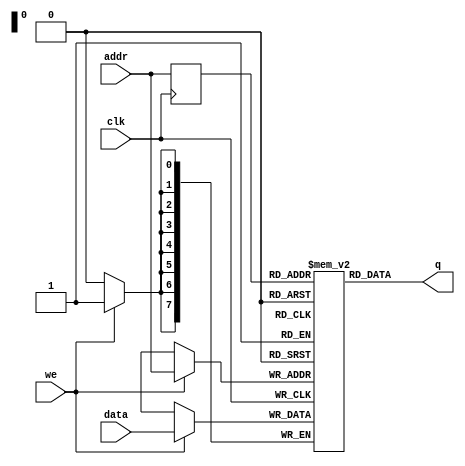
module ram_single #(
  parameter DATA_WIDTH=8,          //width of data bus
  parameter ADDR_WIDTH=8           //width of addresses buses
)(
  input  [(DATA_WIDTH-1):0] data,  //data to be written
  input  [(ADDR_WIDTH-1):0] addr,  //address for write/read operation
  input                     we,    //write enable signal
  input                     clk,   //clock signal
  output [(DATA_WIDTH-1):0] q      //read data
);

  reg [DATA_WIDTH-1:0] ram [2**ADDR_WIDTH-1:0];
  reg [ADDR_WIDTH-1:0] addr_r;

  always @(posedge clk) begin //WRITE
      if (we) begin
          ram[addr] <= data;
      end
      addr_r <= addr;
  end

  assign q = ram[addr_r]; //READ

endmodule